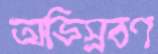
অভিস্রবণ